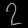
Digit: ၇